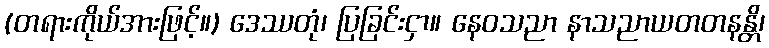
(တရားကိုယ်အားဖြင့်။) ဒေဿတုံ၊ ပြခြင်းငှာ။ နေဝသညာ နာသညာယတတနန္တိ၊